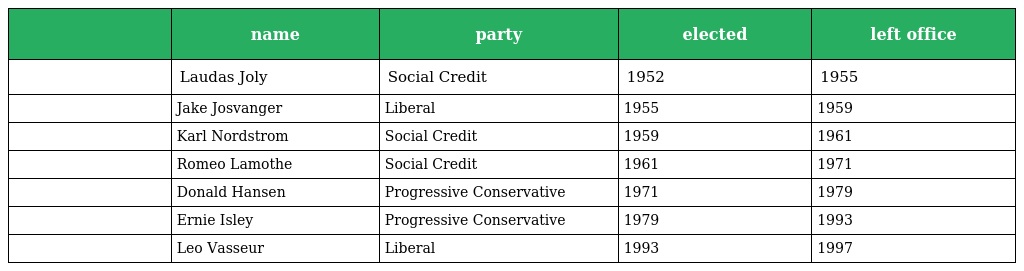
|  | name | party | elected | left office |
 | --- | --- | --- | --- | --- |
 |  | Laudas Joly | Social Credit | 1952 | 1955 |
 |  | Jake Josvanger | Liberal | 1955 | 1959 |
 |  | Karl Nordstrom | Social Credit | 1959 | 1961 |
 |  | Romeo Lamothe | Social Credit | 1961 | 1971 |
 |  | Donald Hansen | Progressive Conservative | 1971 | 1979 |
 |  | Ernie Isley | Progressive Conservative | 1979 | 1993 |
 |  | Leo Vasseur | Liberal | 1993 | 1997 |